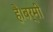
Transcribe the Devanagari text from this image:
है।बर्मी